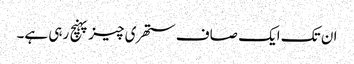
ان تک ایک صاف ستھری چیز پہنچ رہی ہے۔